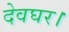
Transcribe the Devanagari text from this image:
देवघर।